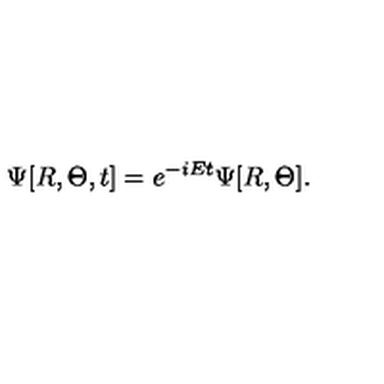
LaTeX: \Psi [ R , \Theta , t ] = e ^ { - i E t } \Psi [ R , \Theta ] .